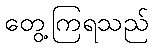
တွေ့ကြရသည်